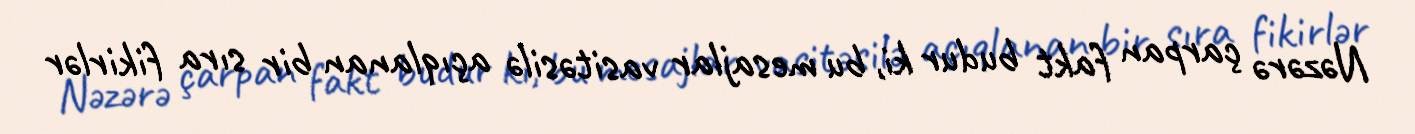
Nəzərə çarpan fakt budur ki, bu mesajlar vasitəsilə açıqlanan bir sıra fikirlər